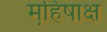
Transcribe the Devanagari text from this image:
महि़षाक्ष